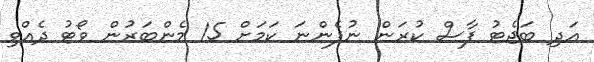
އަދި ބަޖެޓު ފާސް ކުރަން ނުފެންނަ ކަމަށް 15 މެންބަރުން ވޯޓު ދެއްވި